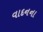
વાદનના